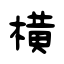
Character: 橫